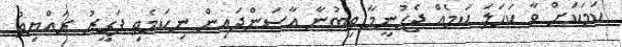
ކަމަކަށް ވާ ކަހަލަ ކަމެއް ޖެހުނީމާ ތިބުނާ އާސަންދައިން ނިކަމެތި ފަގީރު ރައްޔިތު